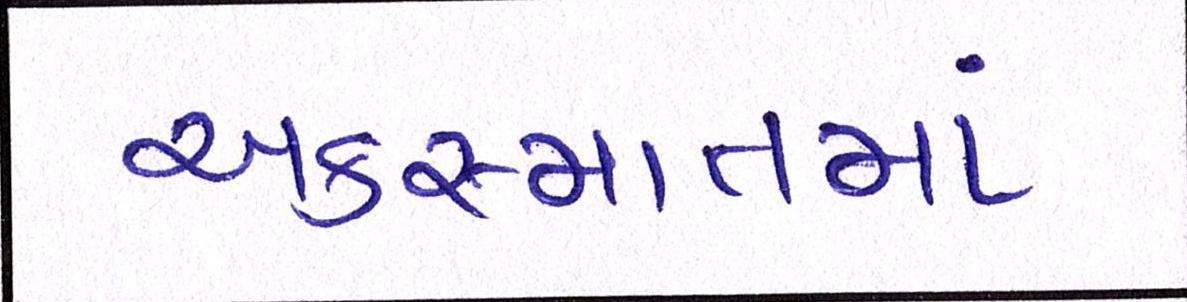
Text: અકસ્માતમાં